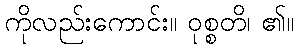
ကိုလည်းကောင်း။ ဝုစ္စတိ၊ ၏။